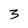
Character: 3